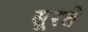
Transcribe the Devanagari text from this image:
सूरते